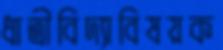
ধাত্রীবিদ্যাবিষয়ক